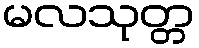
မလသုတ္တ